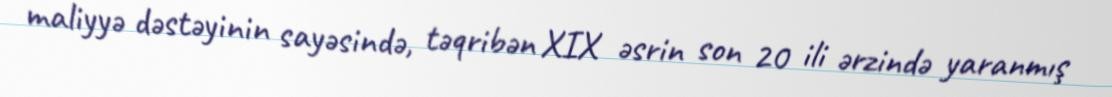
maliyyə dəstəyinin sayəsində, təqribən XIX əsrin son 20 ili ərzində yaranmış